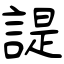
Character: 諟